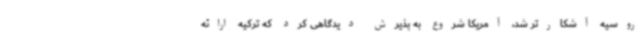
روسیه آشکارتر شد، آمریکا شروع به پذیرش دیدگاهی کرد که ترکیه ارائه